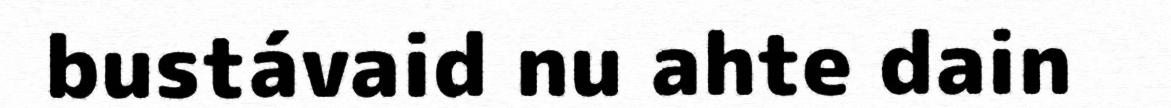
bustávaid nu ahte dain